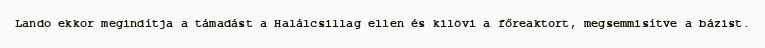
Lando ekkor megindítja a támadást a Halálcsillag ellen és kilövi a főreaktort, megsemmisítve a bázist.